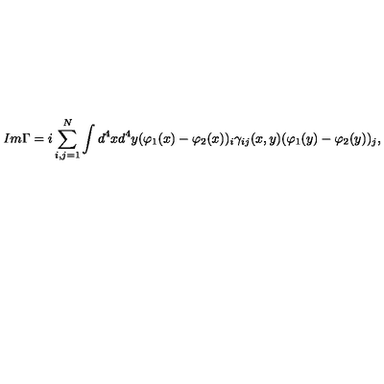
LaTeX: I m \Gamma = i \sum _ { i , j = 1 } ^ { N } \int d ^ { 4 } x d ^ { 4 } y ( \varphi _ { 1 } ( x ) - \varphi _ { 2 } ( x ) ) _ { i } \gamma _ { i j } ( x , y ) ( \varphi _ { 1 } ( y ) - \varphi _ { 2 } ( y ) ) _ { j } ,